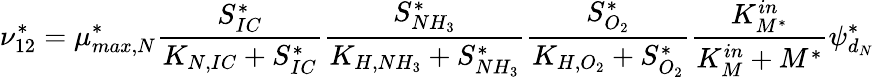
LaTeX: \nu_{12}^{*}=\mu_{max,N}^{*}\frac{S_{IC}^{*}}{K_{N,IC}+S_{IC}^{*}}\frac{S_{NH_{3}}^{*}}{K_{H,NH_{3}}+S_{NH_{3}}^{*}}\frac{S_{O_{2}}^{*}}{K_{H,O_{2}}+S_{O_{2}}^{*}}\frac{K_{M^{*}}^{in}}{K_{M}^{in}+M^{*}}\psi_{d_{N}}^{*}